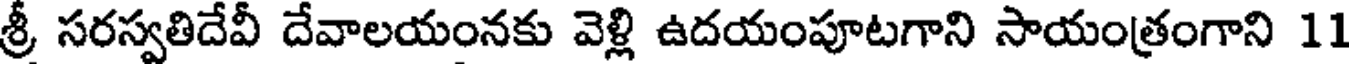
శ్రీ సరస్వతిదేవీ దేవాలయంనకు వెళ్లి ఉదయంపూటగాని సాయంత్రంగాని 11